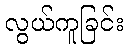
လွယ်ကူခြင်း